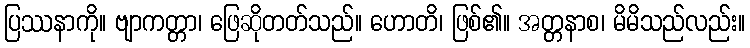
ပြဿနာကို။ ဗျာကတ္တာ၊ ဖြေဆိုတတ်သည်။ ဟောတိ၊ ဖြစ်၏။ အတ္တနာစ၊ မိမိသည်လည်း။